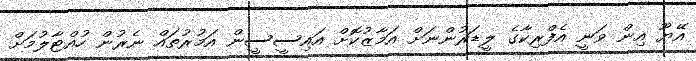
އޭޔޫ އިން ވަނީ އެފްރިކާގެ ލީޑަރުންނަށް އަމާޒުކޮށް އައިސީސީން އަމުރުތައް ނެރުން ހުއްޓާލުމަށް